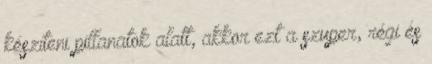
készíteni pillanatok alatt, akkor ezt a szuper, régi és